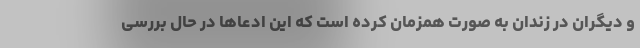
و دیگران در زندان به صورت همزمان کرده است که این ادعاها در حال بررسی